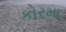
કોરમા